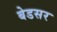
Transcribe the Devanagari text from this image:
बेडसर